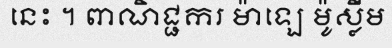
នេះ ។ ពាណិជ្ជករ ម៉ាឡេ ម៉ូស្លីម